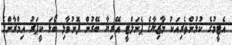
އެޓީމުގެ ކުޅުންތެރިއަކު މާޒިޔާގެ ޕެނަލްޓީ އޭރިޔާ ބޭރުން ފޮނުވާލި ބޯޅަ ކީޕަރު އިމްރާންގެ